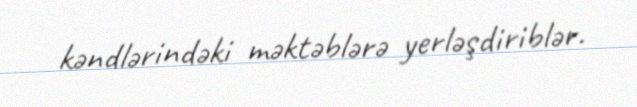
kəndlərindəki məktəblərə yerləşdiriblər.